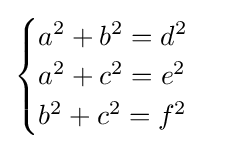
{\begin{cases}a^{2}+b^{2}=d^{2}\\a^{2}+c^{2}=e^{2}\\b^{2}+c^{2}=f^{2}\end{cases}}